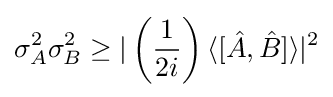
\sigma _{A}^{2}\sigma _{B}^{2}\geq |\left({\frac {1}{2i}}\right)\langle [{\hat {A}},{\hat {B}}]\rangle |^{2}